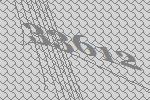
33612